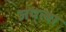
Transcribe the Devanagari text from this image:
जप्‌त्वा